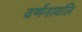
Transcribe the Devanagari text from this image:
वर्णनावलि